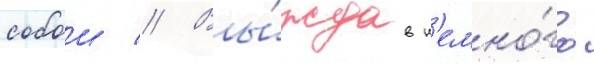
собои // Вы́ждав н'емно́го